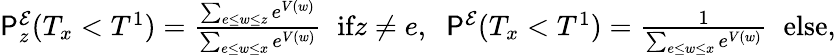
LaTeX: \begin{array}{r}{\P_{z}^{\mathcal{E}}(T_{x}<T^{1})=\frac{\sum_{e\leq w\leq z}e^{V(w)}}{\sum_{e\leq w\leq x}e^{V(w)}}\; \; \textrm{if}z\not=e,\; \; \P^{\mathcal{E}}(T_{x}<T^{1})=\frac{1}{\sum_{e\leq w\leq x}e^{V(w)}}\; \; \textrm{else},}\end{array}